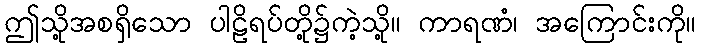
ဤသို့အစရှိသော ပါဠိရပ်တို့၌ကဲ့သို့။ ကာရဏံ၊ အကြောင်းကို။